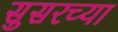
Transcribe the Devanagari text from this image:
सुसरच्या